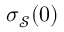
\boldsymbol { \sigma } _ { \mathcal { S } } ( 0 )